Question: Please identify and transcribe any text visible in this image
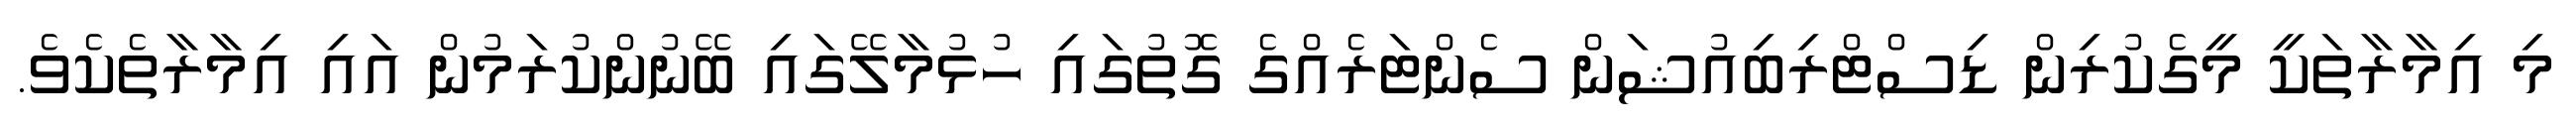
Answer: މި އިމާރާތަކީ މީގެކުރިން ޑިސްޓްރިބިއުޝަން ސެންޓަރެއްގެ ގޮތުގައި ހުޅުމާލޭގައި ބޭނުންކުރަމުން އައި އިމާރާތެކެވެ.